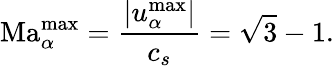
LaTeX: \mathrm{Ma}_{\alpha}^{\mathrm{max}}=\frac{\lvert u_{\alpha}^{\mathrm{max}}\lvert}{c_{s}}=\sqrt{3}-1.